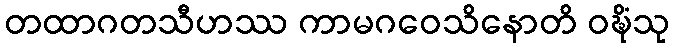
တထာဂတသီဟဿ ကာမဂဝေသိနောတိ ဝဍ္ဎိံသု